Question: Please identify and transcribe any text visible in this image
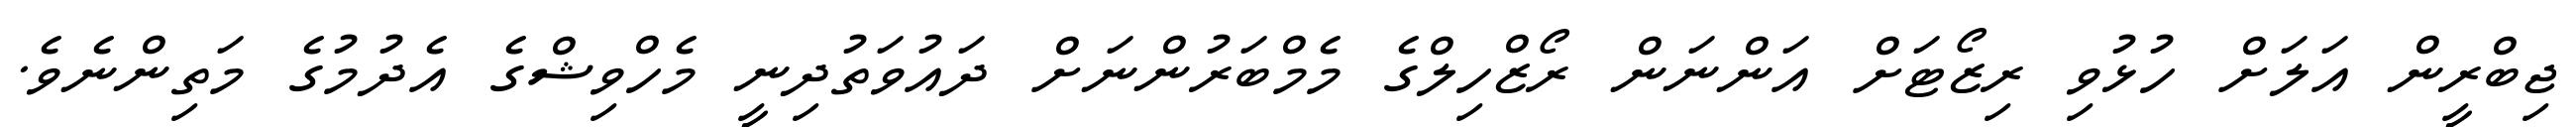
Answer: ޖިބްރީން އަލަށް ހުޅުވި ރިޒޯޓަށް އަންނަން ރޯޒްހިލްގެ މެމްބަރުންނަށް ދައުވަތުދިނީ މެހްވިޝްގެ އެދުމުގެ މަތިންނެވެ.